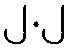
၂.၂